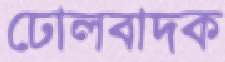
ঢোলবাদক